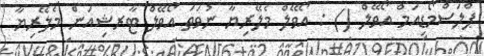
ޕްލަސްމޯޑިއަމް އޯވޭލް () : އޯވޭލް މެލޭރިޔާ ނުވަތަ އޯވޭލް ޓާރޝިއަން މެލޭރިޔާ